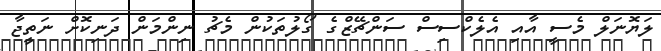
ލަޔޮނަލް މެސީ އާއި އެލެކްސިސް ސަންޗޭޒްގެ ގޯލުތަކުން މެޗު ނިންމަން ދަނިކޮށް ނަތީޖާ